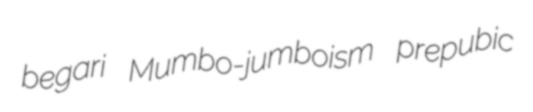
begari Mumbo-jumboism prepubic